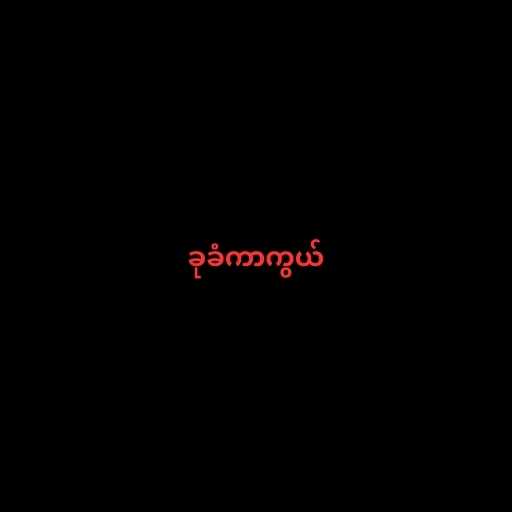
ခုခံကာကွယ်